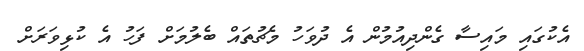
އެކުގައި މައިސާ ގެންދިއުމުން އެ ދުވަހު މެޗުތައް ބެލުމަށް ފަހު އެ ކުޅިވަރަށް